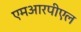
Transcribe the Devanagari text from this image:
एमआरपीएल